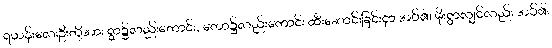
ရဟန်းလေးဦးတို့အား ရွာ၌လည်းကောင်း, တော၌လည်းကောင်း ထီးဆောင်းခြင်းငှာ အပ်၏၊ မိုးရွာလျှင်လည်း အပ်၏၊